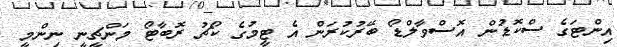
އިންޓަގެ ސްކޮޑުން އޮސްވާލްޑޯ ބޭރުކުރަން އެ ޓީމުގެ ކޯޗު ރޮބާޓޯ މަންޗީނީ ނިންމީ